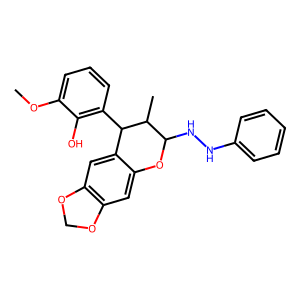
SMILES: COc1cccc(C2c3cc4c(cc3OC(NNc3ccccc3)C2C)OCO4)c1O
Inhibits HIV replication: No